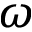
\omega